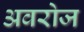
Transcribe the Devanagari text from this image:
अवरोज